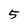
Character: 5